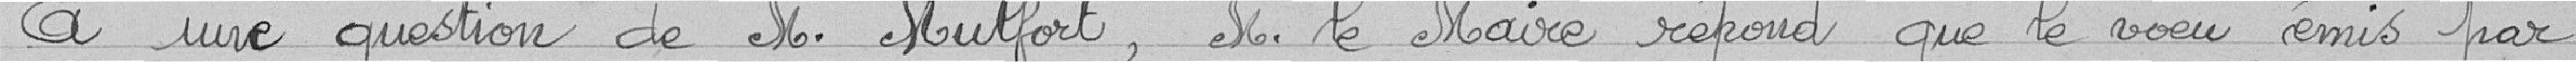
A une question de monsieur Mulfort, Monsieur Le Maire répond que le voeu émis par